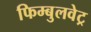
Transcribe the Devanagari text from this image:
फिम्बुलवेट्र